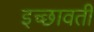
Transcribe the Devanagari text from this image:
इच्छावती